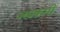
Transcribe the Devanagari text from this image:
अग्रक्रमी